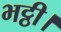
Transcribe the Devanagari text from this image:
भट्ठी।